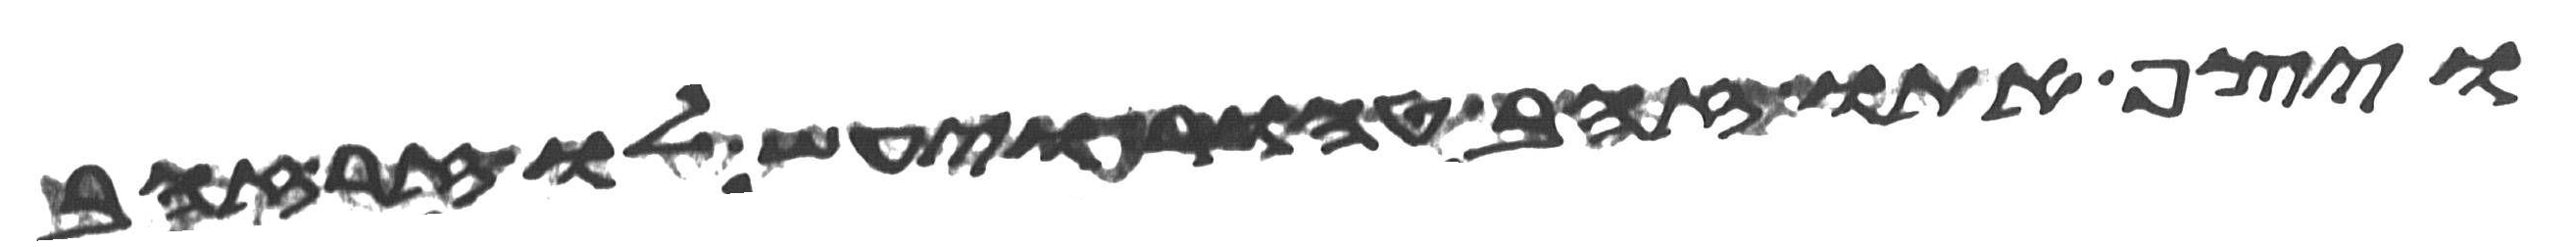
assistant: ויצף אתו זהב טהור ויעש לו זר זהב